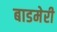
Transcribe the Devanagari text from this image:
बाडमेरी